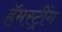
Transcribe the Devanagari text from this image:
हॅमस्ट्रींग